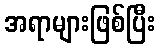
အရာများဖြစ်ပြီး